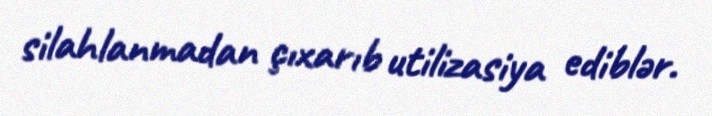
silahlanmadan çıxarıb utilizasiya ediblər.